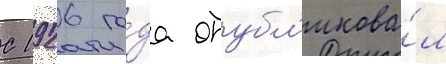
С 1926 го́да опубл'икова́л